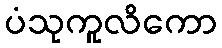
ပံသုကူလိကော